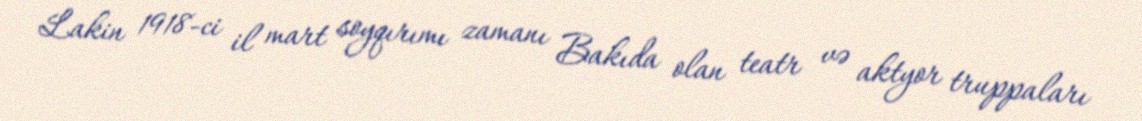
Lakin 1918-ci il mart soyqırımı zamanı Bakıda olan teatr və aktyor truppaları